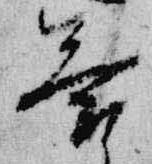
答